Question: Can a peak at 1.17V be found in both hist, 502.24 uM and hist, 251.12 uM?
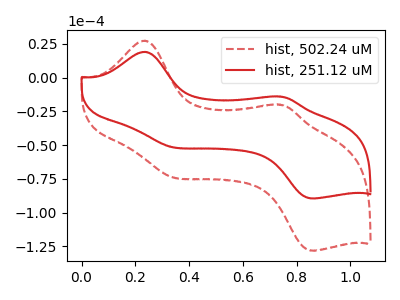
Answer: <think>The red dashed curve "hist, 502.24 uM" has anodic peaks at (0.25V, 27.45uA) (0.75V, -19.90uA) and cathodic peaks at (0.35V, -73.00uA) (0.85V, -128.00uA). The red curve "hist, 251.12 uM" has anodic peaks at (0.25V, 19.15uA) (0.75V, -13.90uA) and cathodic peaks at (0.35V, -50.95uA) (0.85V, -89.35uA).</think>
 <answer>No, "hist, 502.24 uM" and "hist, 251.12 uM" dont share a peak at 1.17V.</answer>
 <eval>mismatch</eval>